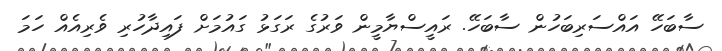
ސާބަހޭ އައްސަރިބަހުން ސާބަހޭ. ރައީސްޔާމީން ވަރުގެ ރަގަޅު ގައުމަށް ފައިދާހުރި ވެރިއެއް ހަމަ